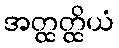
အတ္ထတ္ထိယံ